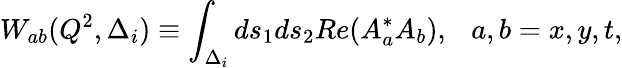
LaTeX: W_{ab}(Q^{2},\Delta_{i})\equiv\int_{\Delta_{i}}ds_{1}ds_{2}Re(A_{a}^{*}A_{b}),~~~a,b=x,y,t,